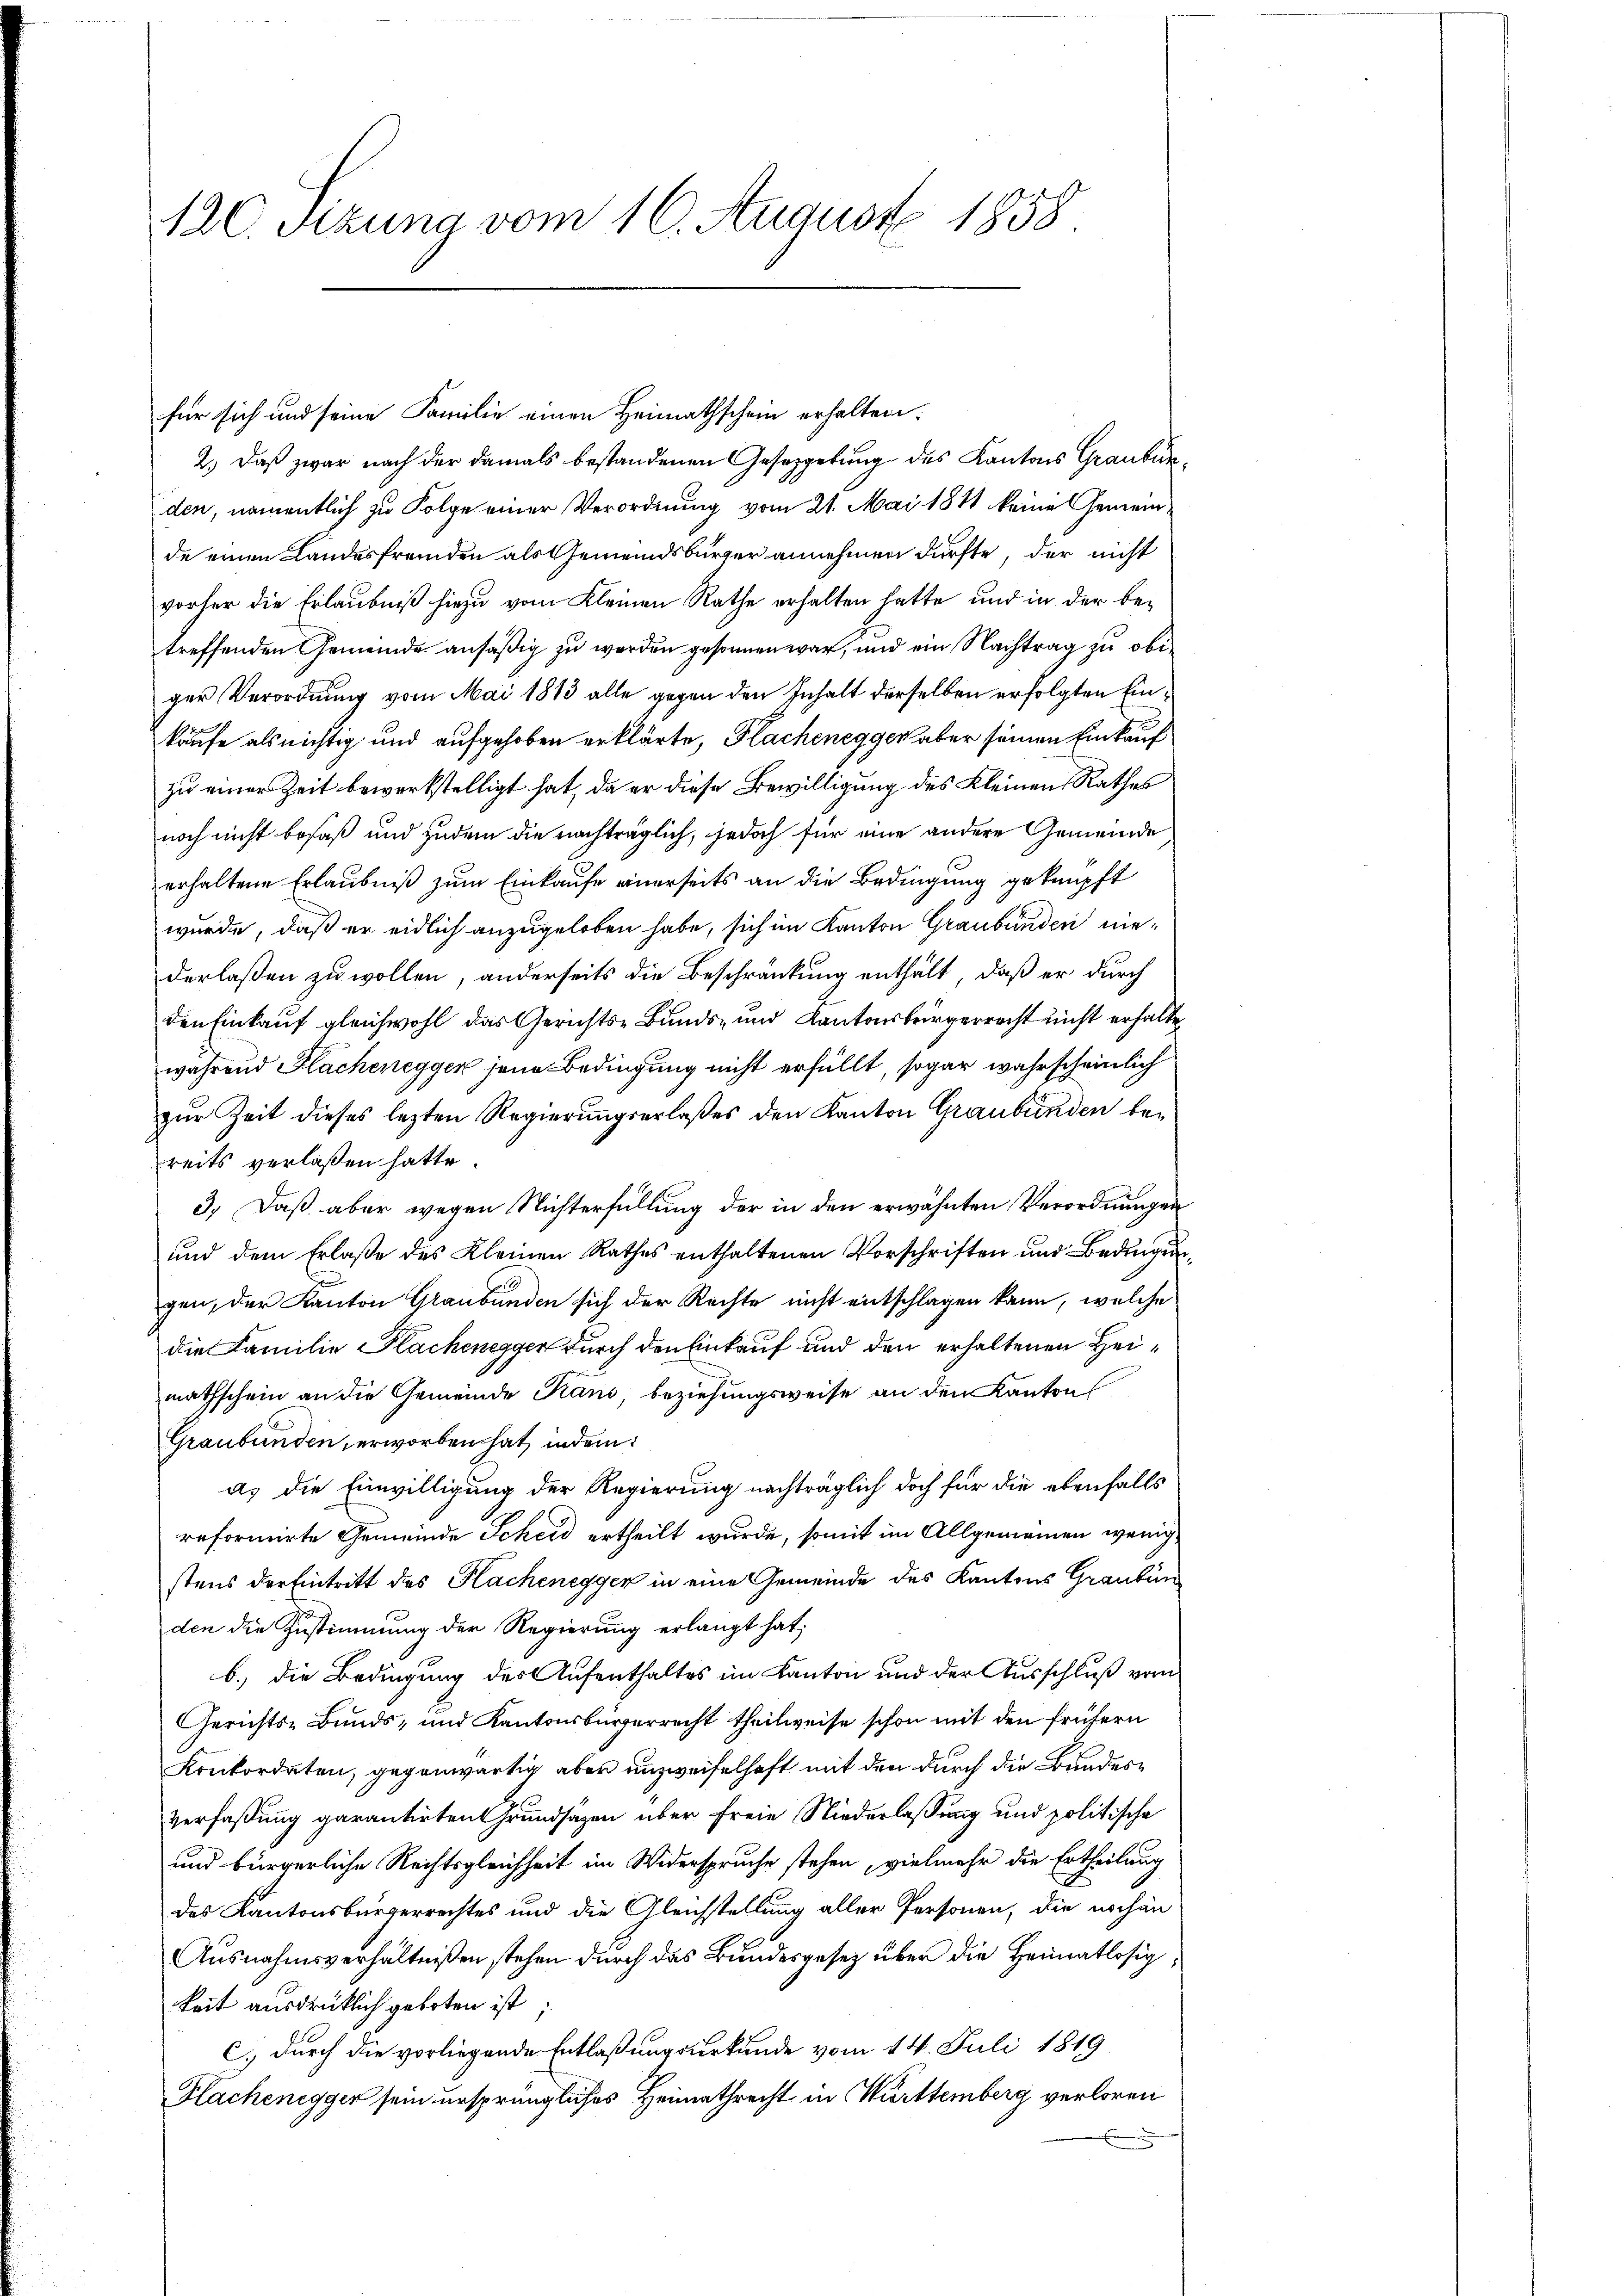
120. Sitzung vom 16. August 1858

für sich und seine Familie einen Heimathschein erhalten.
2.) Daß zwar nach der damals bestandenen Gesetzgebung des Kantons Graubünden, namentlich zu Folge einer Verordnung vom 21. Mai 1841 keine Gemeinde einen Landesfremden als Gemeindsbürger annehmen dürfte, der nicht
vorher die Erlaubniß hiezu vom Kleinen Rathe erhalten hatte und in der betreffenden Gemeinde ansäßig zu werden gesonnen war, und ein Nachtrag zu obiger Verordnung vom Mai 1813 alle gegen den Inhalt derselben erfolgten Einkäufe als nichtig und aufgehoben erklärte, Flachenegger aber seinen Einkauf
zu einer Zeit bewerkstelligt hat, da er diese Bewilligung des Kleinen Rathes
noch nicht besaß und zudem die nachträglich, jedoch für eine andere Gemeinde
erhaltene Erlaubniß zum Einkaufe einerseits an die Bedingung geknüpft
wurde, daß er eidlich anzugeloben habe, sich im Kanton Graubünden niederlaßen zu wollen, anderseits die Beschränkung enthält, daß er durch
den Einkauf gleichwohl das Gerichts-Bunds- und Kantonsbürgerrecht nicht erhalte
während Sachenegger jene Bedingung nicht erfüllt, sogar wahrscheinlich
zur Zeit dieses lezten Regierungserlaßes den Kanton Graubünden bereits verlaßen hatte.
3.) Daß aber wegen Nichterfüllung der in den erwähnten Verordnungen
und dem Erlaße des Kleinen Rathes enthaltenen Vorschriften und Bedingungen, der Kanton Graubünden sich der Rechte nicht entschlagen kann, welche
die Familie Klachenegger durch den Einkauf und den erhaltenen Heimathschein an die Gemeinde Kans, beziehungsweise an den Kanton
Graubünden erworben hat, indem
as die Einwilligung der Regierung nachträglich doch für die ebenfalls
reformirte Gemeinde Scheid ertheilt wurde, somit im Allgemeinen wenigstens der Eintritt des Kachenegger in eine Gemeinde des Kantons Graubün
den die Zustimmung der Regierung erlangt hat;
b.) die Bedingung des Aufenthaltes im Kanton und der Ausschluß vom
Gerichts- Bunds- und Kantonsbürgerrecht theilweise schon mit den frühern
Konkordaten, gegenwärtig aber unzweifelhaft mit den durch die Bundesverfaßung garantirten Grundsätzen über freie Niederlaßung und politische
und bürgerliche Rechtsgleichheit im Widerspruche stehen, vielmehr die Ertheilung
des Kantonsbürgerrechtes und die Gleichstellung aller Personen, die nochän
Ausnahmsverhältnißen stehen durch das Bundesgesetz über die Heimatlosigkeit ausdrücklich geboten ist.
C. durch die vorliegende Entlaßungsurkunde vom 14. Juli 1819
Flachenegger sein ursprüngliches Heimathrecht in Württemberg verloren